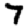
Digit: 7